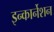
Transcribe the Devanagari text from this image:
इन्कार्नेशन